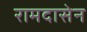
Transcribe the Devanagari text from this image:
रामदासेन